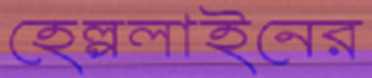
হেল্পলাইনের